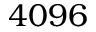
4 0 9 6